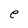
Character: e